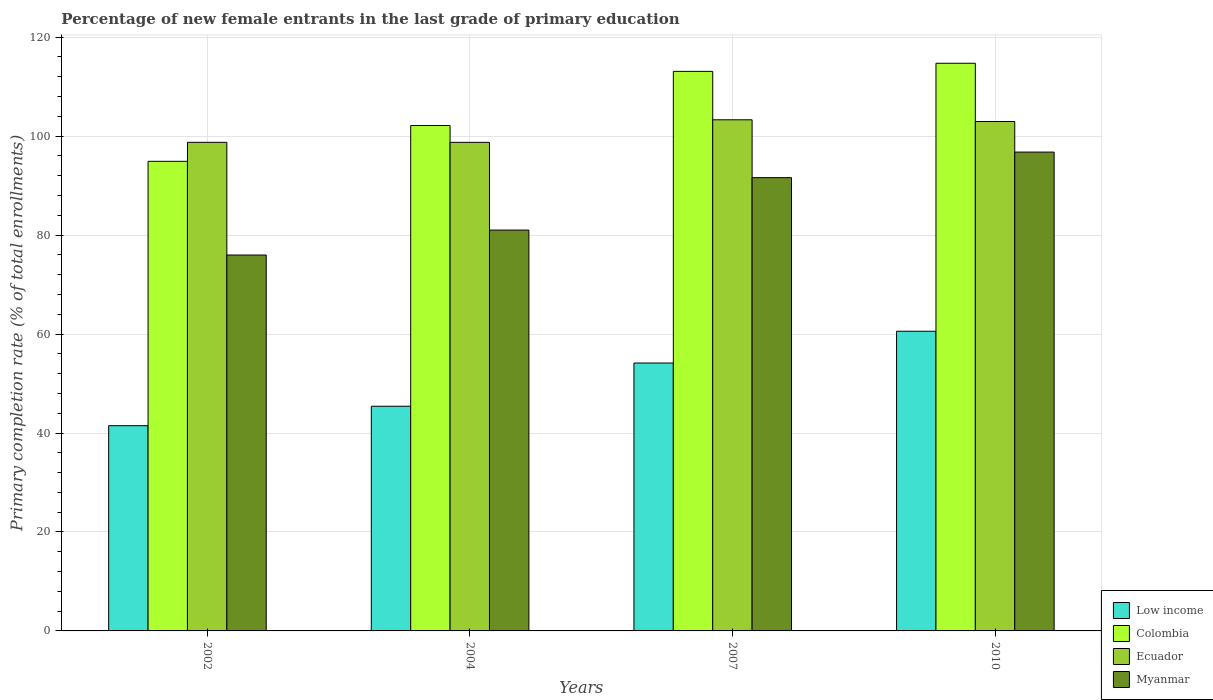
| Years | Low income | Colombia | Ecuador | Myanmar |
 | --- | --- | --- | --- | --- |
 | 2002 | 41.5 | 94.9 | 98.7 | 76 |
 | 2004 | 45.4 | 102 | 98.7 | 81 |
 | 2007 | 54.1 | 113 | 103 | 91.6 |
 | 2010 | 60.6 | 115 | 103 | 96.8 |